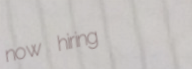
now hiring